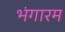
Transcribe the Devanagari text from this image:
भंगारम